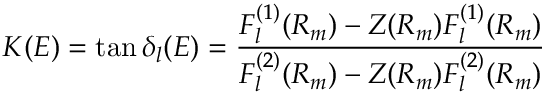
\! \! \! K ( E ) = \tan \delta _ { l } ( E ) = \frac { F _ { l } ^ { ( 1 ) } ( R _ { m } ) - Z ( R _ { m } ) F _ { l } ^ { ( 1 ) } ( R _ { m } ) } { F _ { l } ^ { ( 2 ) } ( R _ { m } ) - Z ( R _ { m } ) F _ { l } ^ { ( 2 ) } ( R _ { m } ) }